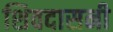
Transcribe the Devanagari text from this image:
शिवदासनी